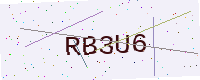
Text: RB3U6